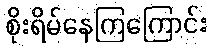
စိုးရိမ်နေကြကြောင်း